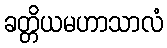
ခတ္တိယမဟာသာလံ